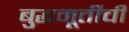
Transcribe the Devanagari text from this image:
बुद्धमूर्तीची